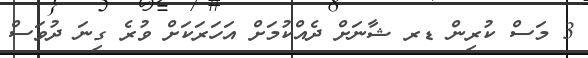
3 މަސް ކުރިން ޑރ ޝާނަށް ދެއްކުމަށް އަހަރަކަށް ވުރެ ގިނަ ދުވަސް